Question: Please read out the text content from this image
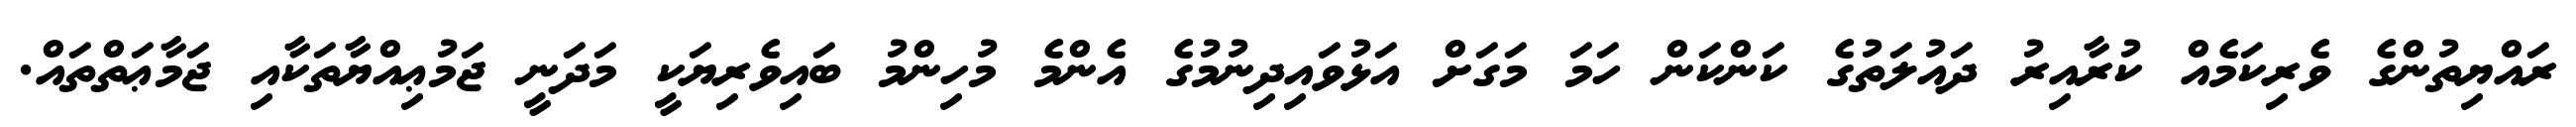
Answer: ރައްޔިތުންގެ ވެރިކަމެއް ކުރާއިރު ދައުލަތުގެ ކަންކަން ހަމަ މަގަށް އަޅުވައިދިނުމުގެ އެންމެ މުހިންމު ބައިވެރިޔަކީ މަދަނީ ޖަމުޢިއްޔާތަކާއި ޖަމާޢަތްތައް.